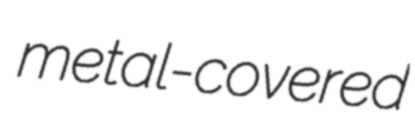
metal-covered